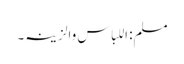
مسلم: اللباس والزینہ۔